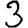
Digit: 3